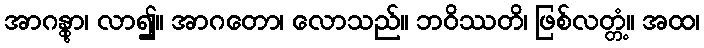
အာဂန္တွာ၊ လာ၍။ အာဂတော၊ လောသည်။ ဘဝိဿတိ၊ ဖြစ်လတ္တံ့။ အထ၊